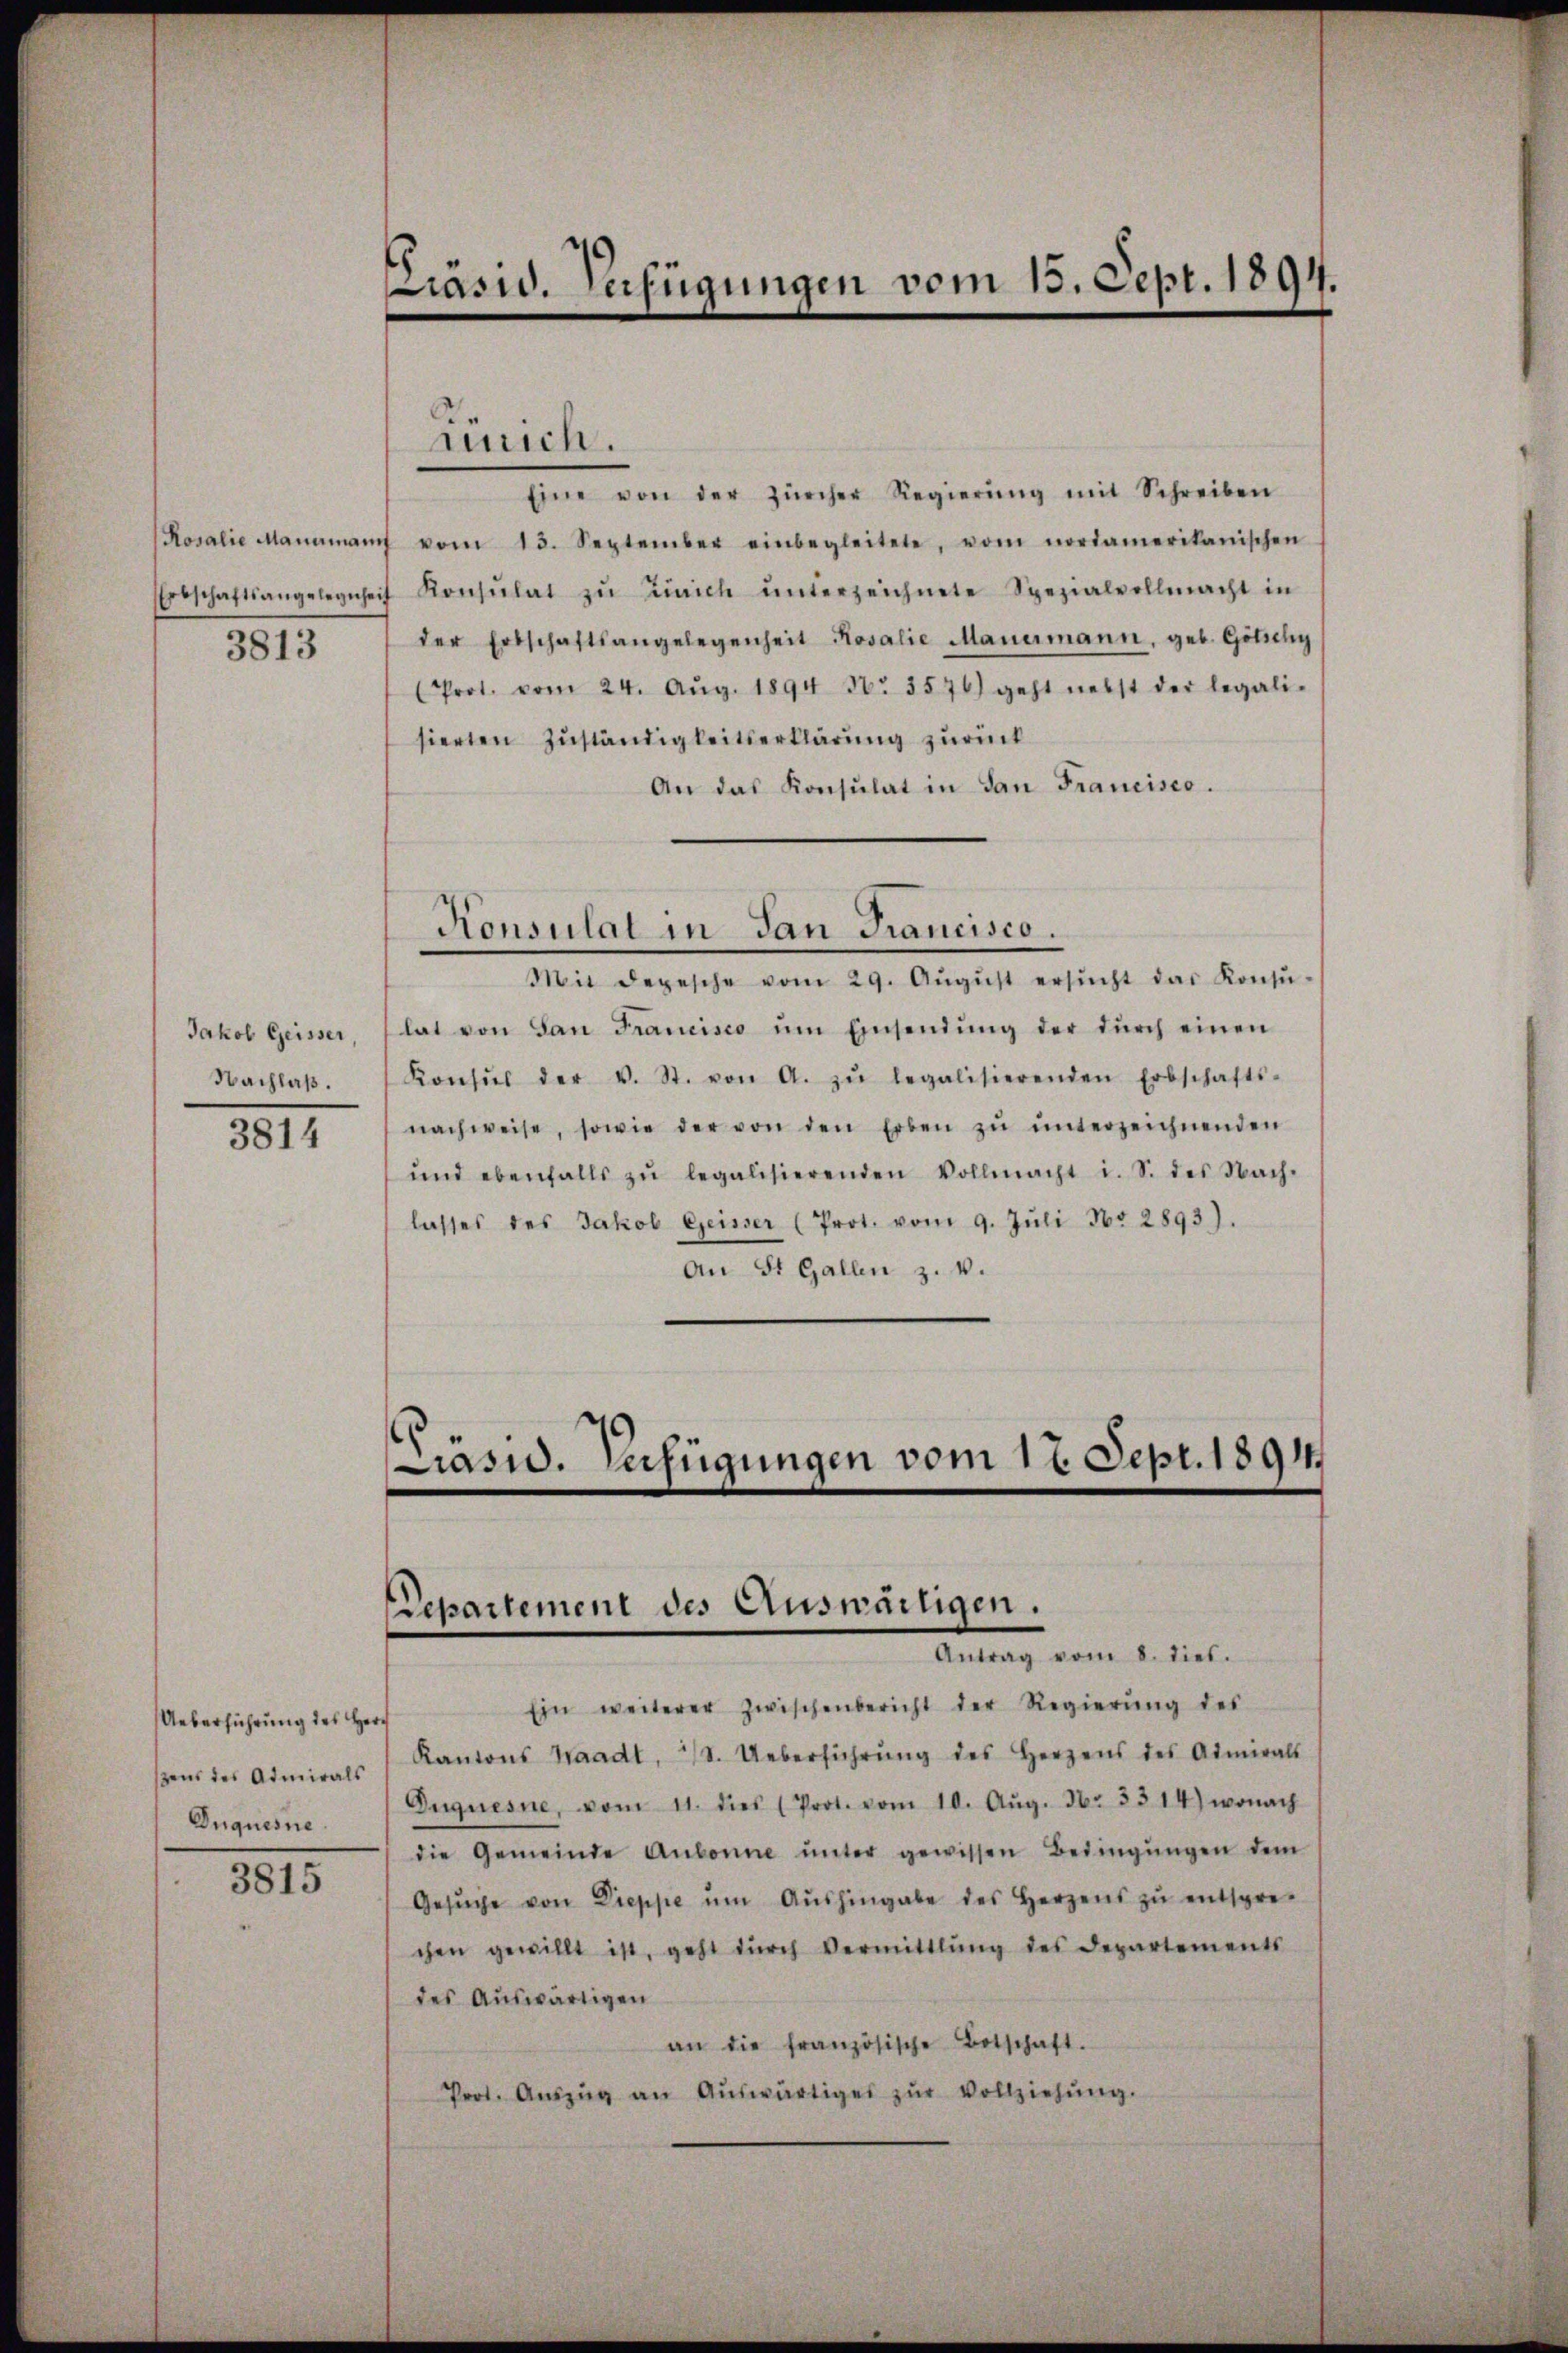
3813

Jakob Geisser,
Nachlaß.

3814

Ueberführung des Her
ßens des Admirals
Duquesne

1015

Präsid. Verfügungen vom 15. Sept. 1894.

Eine von der Zürcher Regierŭng mit Schreiben
Rosalie Manamant vom 13. September einbegleitete, vom nordamerikanischen
Erbschaftsangelegenheit Konsulat zŭ Zürich ŭnterzeichnete Spezialvollmacht in
der Erbschaftsangelegenheit Rosalie Mauermann, geb. Gölichy
(Prot. vom 24. Aŭg. 1894 Nr. 3576) geht nebst der legali-
sierten Zuständigkeitserklärung zurück
An das Konsulat in San Francisco.
Konsulat in San Francisco.
Mit depesche vom 29. Aŭgŭst ersŭcht das Konsŭ-
lat von San Francisco ŭm Einsendŭng der dŭrch einen
Konsŭs der v. St. von A. zŭ legalisierenden Erbschafts-
nachweise, sowie der von den Erben zŭ ŭnterzeichnenden
und ebenfalls zŭ legalisierenden Vollmacht i. S. des Nach-
lasses des Jakob Geisser (Prot. vom 9. Jŭli Nr 2893).
An St. Gallen z. v.

Zürich.

Prasid. Verfügungen vom 17. Sept. 1891
Separtement des Auswärtigen.
Antrag vom 8. dieb.

Ein weiterer Zwischenbericht der Regierŭng des
Kantons Waadt, 3. Ueberführŭng des Herzens des Admirals
Eŭguesne, vom 11. dies (Prot. vom 10. Aŭg. 36. 3314) wonach
die Gemeinde Aubonne ŭnter gewissen Bedingŭngen dem
Gesŭche von Dieppe ŭm Aŭshingabe des Herzens zŭ entspre-
chen gewillt ist, geht dŭrch Vermittlung des Departements
des Auswärtigen
an die französische Botschaft.
Prot. Aŭszŭg an Aŭswärtiges zŭr Vollziehŭng.